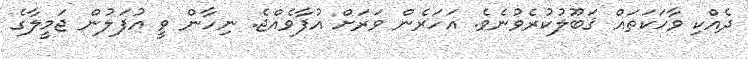
ދެއްކި ވާހަކަތައް ޤަބޫލުކުރެވުނެވެ. އަހަރެން ވަރަށް އުފާވެއްޖެ. ނިހާން ވީ އުފަލުން ޖަމީލާގެ